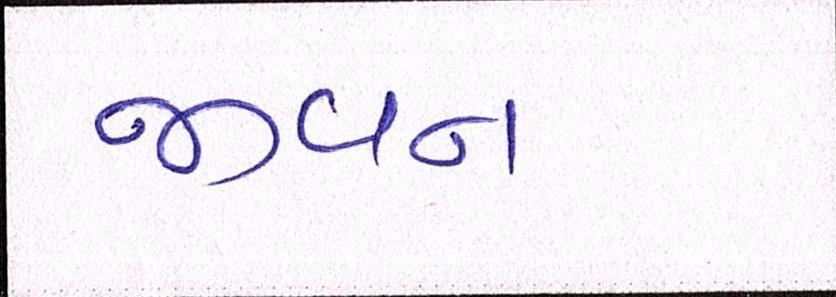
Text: જીવન